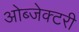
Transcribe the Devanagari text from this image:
ओब्जेक्टरी